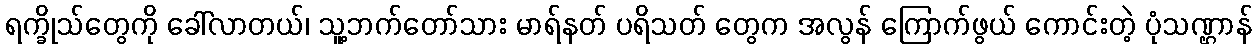
ရက္ခိုသ်တွေကို ခေါ်လာတယ်၊ သူ့ဘက်တော်သား မာရ်နတ် ပရိသတ် တွေက အလွန် ကြောက်ဖွယ် ကောင်းတဲ့ ပုံသဏ္ဌာန်